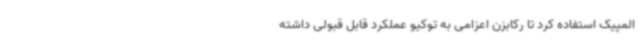
المپیک استفاده کرد تا رکابزن اعزامی به توکیو عملکرد قابل قبولی داشته